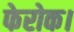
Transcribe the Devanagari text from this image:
फेरोक।